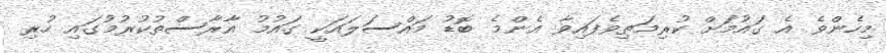
މިހެންވެ އެ ގައުމަށް ކުރިމަތިވެފައިވާ އެންމެ ބޮޑު މައްސަލައަކީ ގައުމު އާރާސްތުކުރުމުގައި ހުރި